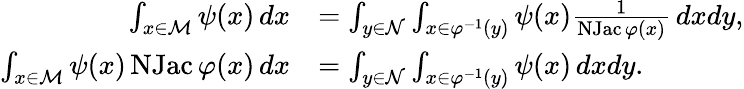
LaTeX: \begin{array}{rl}{\int_{x\in\mathcal{M}}\psi(x)\, dx}&{=\int_{y\in\mathcal{N}}\int_{x\in\varphi^{-1}(y)}\psi(x)\frac{1}{\operatorname{NJac}\varphi(x)}\, dxdy,}\\ {\int_{x\in\mathcal{M}}\psi(x)\operatorname{NJac}\varphi(x)\, dx}&{=\int_{y\in\mathcal{N}}\int_{x\in\varphi^{-1}(y)}\psi(x)\, dxdy.}\end{array}